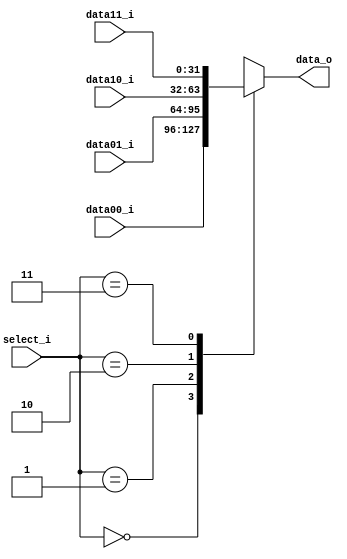
module MUX4to1(
    data00_i, 
    data01_i, 
    data10_i,
    data11_i, 
    select_i, 
    data_o
);
input [1:0] select_i;
input [31:0] data00_i, data01_i, data10_i, data11_i;
output reg [31:0] data_o;

always @(select_i or data00_i or data01_i or data10_i or data11_i) begin
        case(select_i)
            2'b00 : data_o <= data00_i;
            2'b01 : data_o <= data01_i;
            2'b10 : data_o <= data10_i;
            2'b11 : data_o <= data11_i;
        endcase
    end 
endmodule